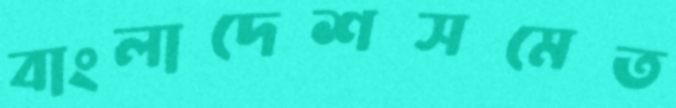
বাংলাদেশসমেত